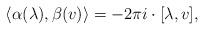
LaTeX: \begin{align*}\langle \alpha(\lambda) , \beta(v) \rangle = -2\pi i \cdot [\lambda, v],\end{align*}